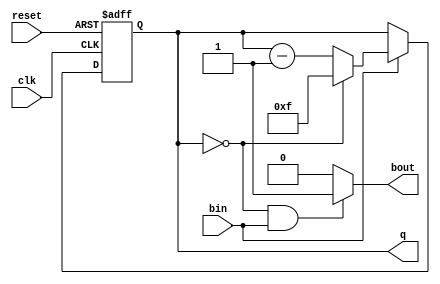
module ucounter(clk, reset, bin, bout, q);
	parameter maxcnt=15; //default =HEX counter
	input clk;
	input reset;
	input bin;
	output bout;
	output [3:0] q;
	reg [3:0] cnt=0;
	
	assign q=cnt;
	
	always @(posedge clk or posedge reset) begin
		if(reset==1'b1) begin
			cnt=0;
		end
		else begin
			if(bin==1'b1) begin
				if(cnt==0)
					cnt=maxcnt;
				else
					cnt=cnt-1;
			end
		end
	end
	
	assign bout=((cnt==0) && (bin==1'b1)) ? 1'b1 : 1'b0;
endmodule